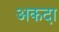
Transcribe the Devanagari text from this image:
अकदा